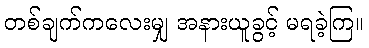
တစ်ချက်ကလေးမျှ အနားယူခွင့် မရခဲ့ကြ။